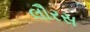
લૌરસ